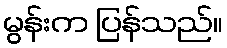
မွန်းက ပြန်သည်။